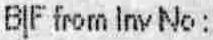
BIF FROM INV NO :